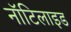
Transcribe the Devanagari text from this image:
नॉटिलाइड